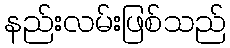
နည်းလမ်းဖြစ်သည်